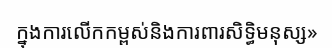
ក្នុងការលើកកម្ពស់និងការពារសិទ្ធិមនុស្ស»